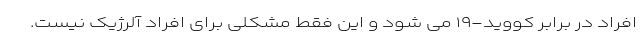
افراد در برابر کووید-۱۹ می شود و این فقط مشکلی برای افراد آلرژیک نیست.